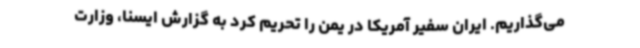
می‌گذاریم. ایران سفیر آمریکا در یمن را تحریم کرد به گزارش ایسنا، وزارت